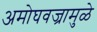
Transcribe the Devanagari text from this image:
अमोघवज्रामुळे